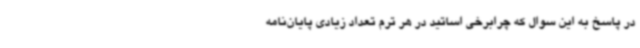
در پاسخ به این سوال که چرابرخی اساتید در هر ترم تعداد زیادی پایان‌نامه